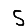
Digit: 5